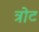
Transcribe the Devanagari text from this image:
त्रोट